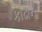
કાઢાના